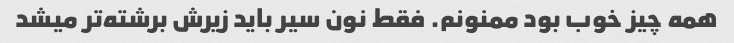
همه چیز خوب بود ممنونم. فقط نون سیر باید زیرش برشته‌تر میشد